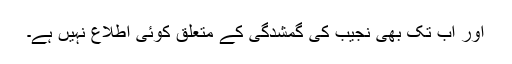
اور اب تک بھی نجیب کی گمشدگی کے متعلق کوئی اطلاع نہیں ہے۔